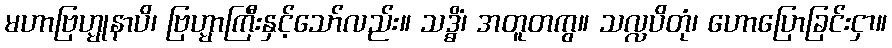
မဟာဗြဟ္မုနာပိ၊ ဗြဟ္မာကြီးနှင့်သော်လည်း။ သဒ္ဓိံ၊ အတူတကွ။ သလ္လပိတုံ၊ ဟောပြောခြင်းငှာ။